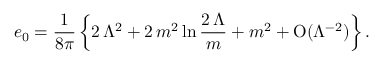
e _ { 0 } = { \frac { 1 } { 8 \pi } } \left\{ 2 \, \Lambda ^ { 2 } + 2 \, { m ^ { 2 } } \ln { \frac { 2 \, \Lambda } { m } } + { m ^ { 2 } } + \mathrm { O } ( \Lambda ^ { - 2 } ) \right\} .